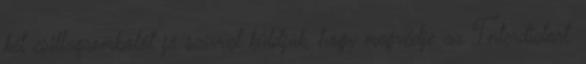
két csillagrombolót jó szívvel küldjük, hogy megvédje az Interdictort.